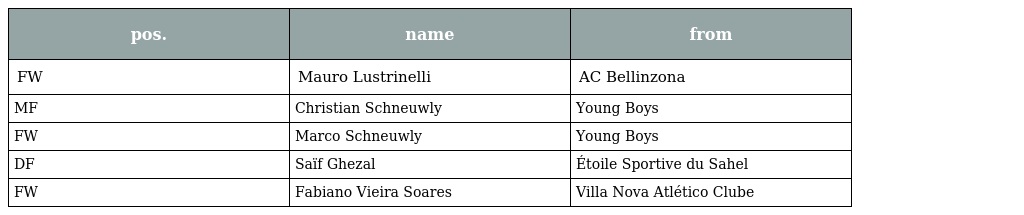
| pos. | name | from |
 | --- | --- | --- |
 | FW | Mauro Lustrinelli | AC Bellinzona |
 | MF | Christian Schneuwly | Young Boys |
 | FW | Marco Schneuwly | Young Boys |
 | DF | Saïf Ghezal | Étoile Sportive du Sahel |
 | FW | Fabiano Vieira Soares | Villa Nova Atlético Clube |